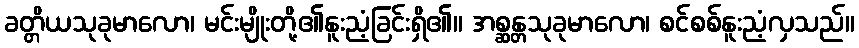
ခတ္တိယသုခုမာလော၊ မင်းမျိုးတို့၏နူးညံ့ခြင်းရှိ၏။ အစ္ဆန္တသုခုမာလော၊ စင်စစ်နူးညံ့လှသည်။